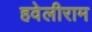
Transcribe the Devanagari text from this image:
हवेलीराम